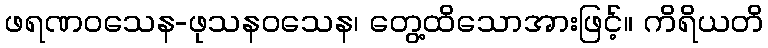
ဖရဏဝသေန-ဖုသနဝသေန၊ တွေ့ထိသောအားဖြင့်။ ကိရိယတိ